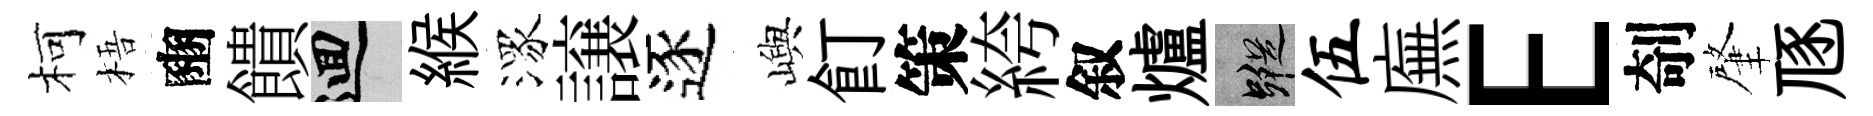
柯梧豳饋回緱潈譲逐嶼飣策絝叙爐蹤伍廡E剞肇豗